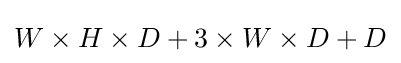
W\times H\times D+3\times W\times D+D